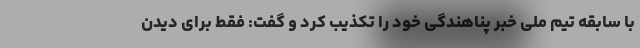
با سابقه تیم ملی خبر پناهندگی خود را تکذیب کرد و گفت: فقط برای دیدن